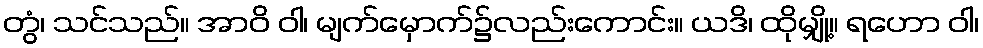
တွံ၊ သင်သည်။ အာဝိ ဝါ၊ မျက်မှောက်၌လည်းကောင်း။ ယဒိ၊ ထိုမျှို့။ ရဟော ဝါ၊